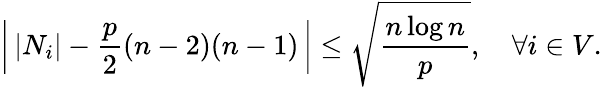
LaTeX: \left|\, |N_{i}|-\frac{p}{2}(n-2)(n-1)\, \right|\leq\sqrt{\frac{n\log n}{p}},\quad\forall i\in V.